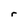
Character: r